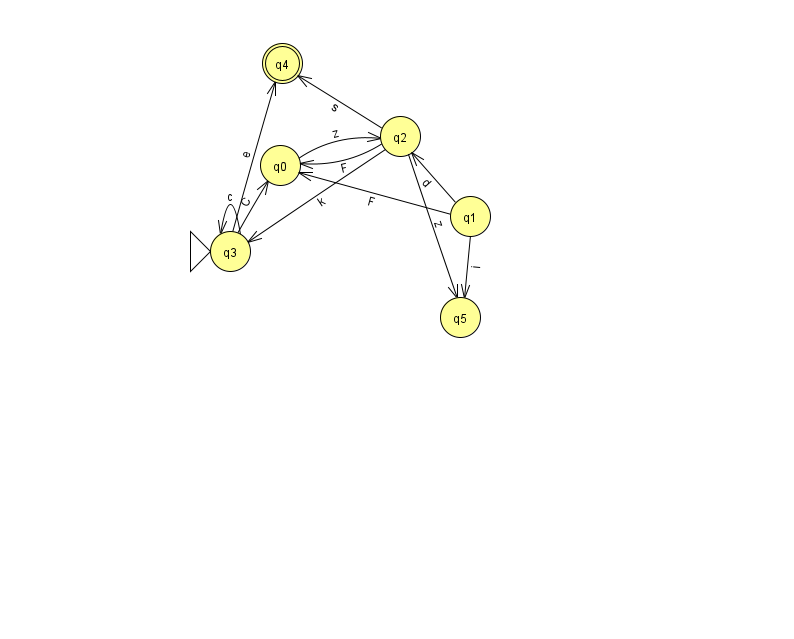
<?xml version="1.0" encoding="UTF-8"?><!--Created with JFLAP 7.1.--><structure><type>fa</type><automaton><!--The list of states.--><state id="0" name="q0"><x>280.0</x><y>152.0</y></state><state id="1" name="q1"><x>470.0</x><y>203.0</y></state><state id="2" name="q2"><x>400.0</x><y>123.0</y></state><state id="3" name="q3"><x>230.0</x><y>238.0</y><initial/></state><state id="4" name="q4"><x>282.0</x><y>50.0</y><final/></state><state id="5" name="q5"><x>460.0</x><y>304.0</y></state><!--The list of transitions.--><transition><from>1</from><to>2</to><read>d</read></transition><transition><from>0</from><to>2</to><read>z</read></transition><transition><from>2</from><to>4</to><read>s</read></transition><transition><from>3</from><to>4</to><read>e</read></transition><transition><from>1</from><to>5</to><read>i</read></transition><transition><from>3</from><to>3</to><read>c</read></transition><transition><from>2</from><to>5</to><read>z</read></transition><transition><from>1</from><to>0</to><read>F</read></transition><transition><from>2</from><to>3</to><read>k</read></transition><transition><from>3</from><to>0</to><read>C</read></transition><transition><from>2</from><to>0</to><read>F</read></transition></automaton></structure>